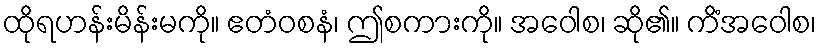
ထိုရဟန်းမိန်းမကို။ ဧတံဝစနံ၊ ဤစကားကို။ အဝေါစ၊ ဆို၏။ ကိံအဝေါစ၊